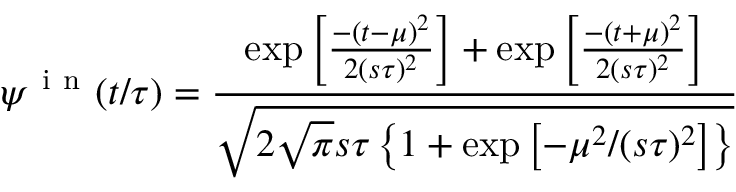
\psi ^ { \mathrm { ~ i ~ n ~ } } ( t / \tau ) = \frac { \exp \left[ \frac { - ( t - \mu ) ^ { 2 } } { 2 ( s \tau ) ^ { 2 } } \right] + \exp \left[ \frac { - ( t + \mu ) ^ { 2 } } { 2 ( s \tau ) ^ { 2 } } \right] } { \sqrt { 2 \sqrt { \pi } s \tau \left\{ 1 + \exp \left[ - \mu ^ { 2 } / ( s \tau ) ^ { 2 } \right] \right\} } }